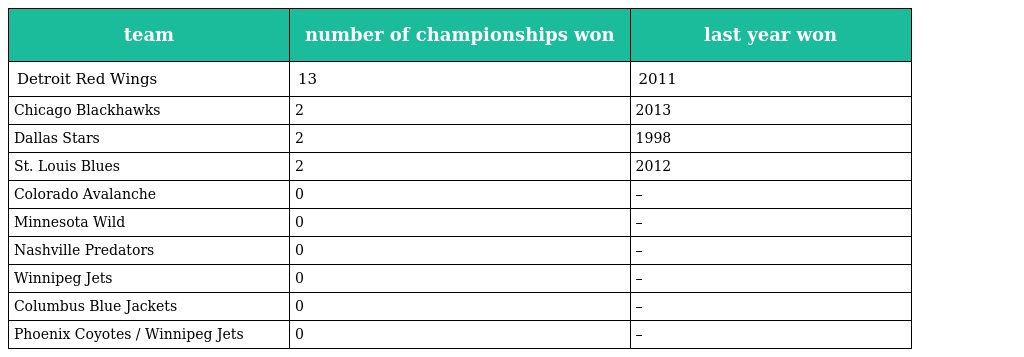
| team | number of championships won | last year won |
 | --- | --- | --- |
 | Detroit Red Wings | 13 | 2011 |
 | Chicago Blackhawks | 2 | 2013 |
 | Dallas Stars | 2 | 1998 |
 | St. Louis Blues | 2 | 2012 |
 | Colorado Avalanche | 0 | – |
 | Minnesota Wild | 0 | – |
 | Nashville Predators | 0 | – |
 | Winnipeg Jets | 0 | – |
 | Columbus Blue Jackets | 0 | – |
 | Phoenix Coyotes / Winnipeg Jets | 0 | – |